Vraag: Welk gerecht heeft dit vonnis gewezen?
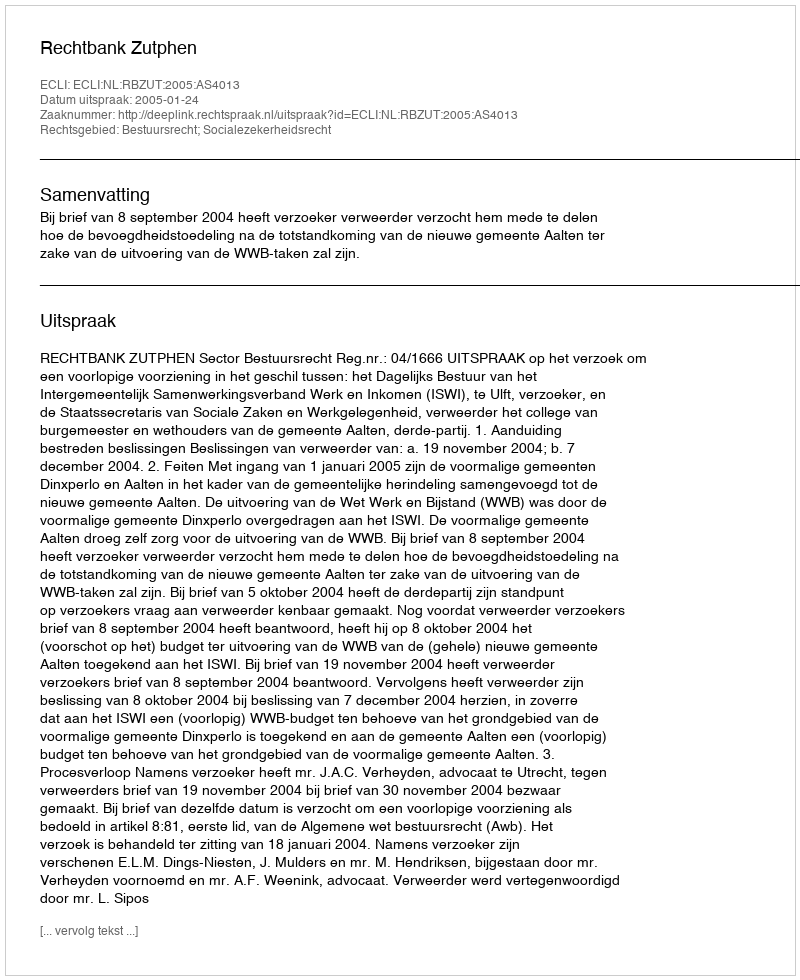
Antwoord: Rechtbank Zutphen